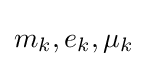
m_{k},e_{k},\mu _{k}